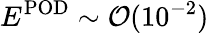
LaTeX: E^{\mathrm{POD}}\sim\mathcal{O}(10^{-2})